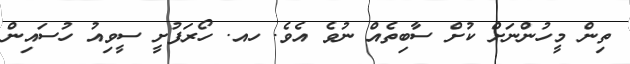
ތިން މީހުންނަށް ކުށް ސާބިތެއް ނުވެ އެވެ. ހއ. ހޯރަފުށީ ސީވިއު ހުސައިން